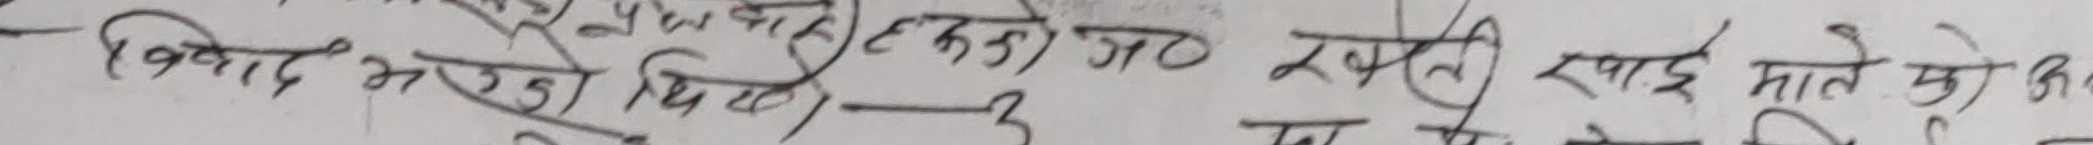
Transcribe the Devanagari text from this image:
विवाद भएको छैन। त्यो कहने गरे र पाई माले को अ